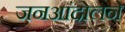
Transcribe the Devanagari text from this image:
जनआंदोलने